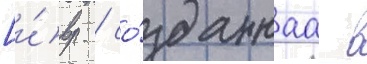
[и́вр. / со́зданнаа в